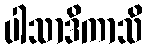
ပါသာဒိကာသိ